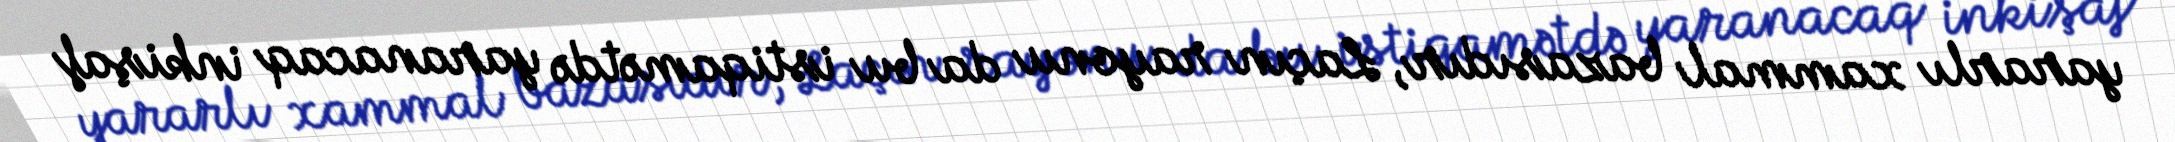
yararlı xammal bazasıdır, Laçın rayonu da bu istiqamətdə yaranacaq inkişaf